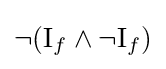
\neg ({\mathrm {I} _{f}}\land \neg {\mathrm {I} _{f}})